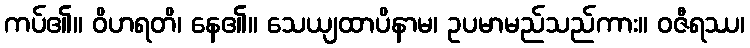
ကပ်၏။ ဝိဟရတိ၊ နေ၏။ သေယျထာပိနာမ၊ ဥပမာမည်သည်ကား။ ဝဇီရဿ၊